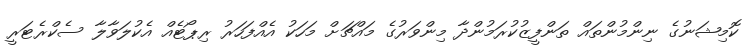
ކޮމިޝަނުގެ ނިންމުންތައް ތަންފީޒުކުރަމުންދާ މިންވަރުގެ މައްޗަށް މަހަކު އެއްފަހަރު ރިޕޯޓެއް އެކުލަވާލާ ސެކްރެޓަރީ